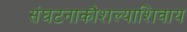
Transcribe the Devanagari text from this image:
संघटनाकौशल्याशिवाय